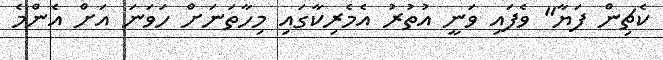
ކެޗިން ފަޔާ" ވެފައި ވަނީ އުތުރު އެމެރިކާގައި މިހާތަނަށް ހަވަނަ އަށް އެންމެ